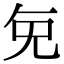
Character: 𭀠